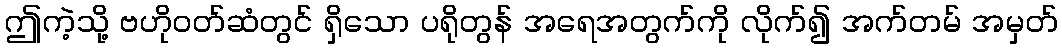
ဤကဲ့သို့ ဗဟိုဝတ်ဆံတွင် ရှိသော ပရိုတွန် အရေအတွက်ကို လိုက်၍ အက်တမ် အမှတ်